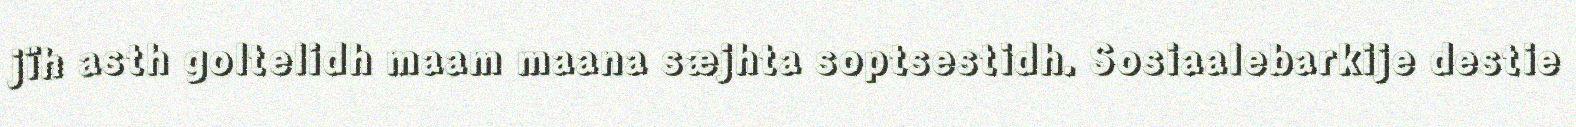
jïh asth goltelidh maam maana sæjhta soptsestidh. Sosiaalebarkije destie